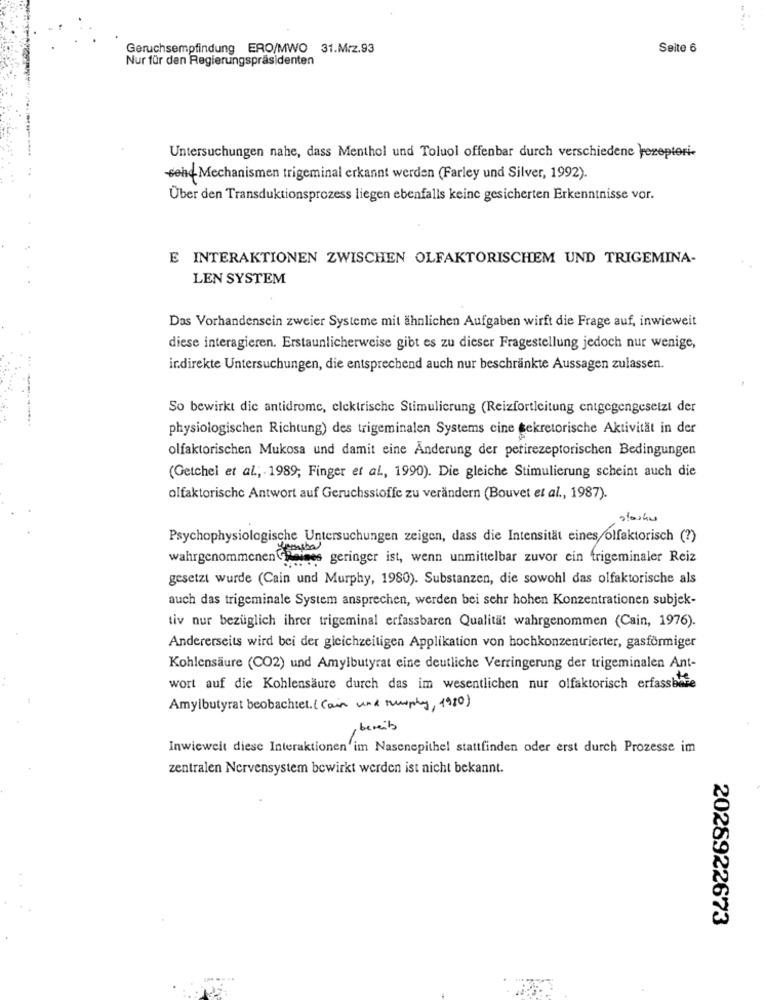
Geruchsempfindung ERO/MWO 31.Mrz.93
Seite 6
Nur für den Regierungspräsidenten
Untersuchungen nahe, dass Menthol und Toluol offenbar durch verschiedene }rezepteri-
Gehe Mechanismen trigeminal erkannt werden (Farley und Silver, 1992).
Über den Transduktionsprozess liegen ebenfalls keine gesicherten Erkenntnisse vor.
E INTERAKTIONEN ZWISCHEN OLFAKTORISCHEM UND TRIGEMINA-
LEN SYSTEM
Das Vorhandensein zweier Systeme mit ähnlichen Aufgaben wirft die Frage auf, inwieweit
diese interagieren. Erstaunlicherweise gibt es zu dieser Fragestellung jedoch nur wenige,
indirekte Untersuchungen, die entsprechend auch nur beschränkte Aussagen zulassen.
So bewirkt die antidrome, elektrische Stimulierung (Reizfortleitung entgegengesetzt der
physiologischen Richtung) des trigeminalen Systems cine tekretorische Aktivität in der
olfaktorischen Mukosa und damit eine Änderung der perirezeptorischen Bedingungen
(Getchel et al ., 1989; Finger et al, 1990). Die gleiche Stimulierung scheint auch die
olfaktorische Antwort auf Geruchsstoffe zu verändern (Bouvet et al ., 1987).
starke
Psychophysiologische Untersuchungen zeigen, dass die Intensität eines/olfaktorisch (?)
wahrgenommenen Chaines geringer ist, wenn unmittelbar zuvor ein trigeminaler Reiz
gesetzt wurde (Cain und Murphy, 1980). Substanzen, die sowohl das olfaktorische als
auch das trigeminale System ansprechen, werden bei sehr hohen Konzentrationen subjek-
tiv nur bezüglich ihrer trigeminal erfassbaren Qualität wahrgenommen (Cain, 1976).
Andererseits wird bei der gleichzeitigen Applikation von hochkonzentrierter, gasförmiger
Kohlensäure (CO2) und Amylbutyrat eine deutliche Verringerung der trigeminalen Ant-
wort auf die Kohlensäure durch das im wesentlichen nur olfaktorisch erfassbare
Amylbutyrat beobachtet. ( Cain und murphy, 1980)
, bereit
Inwieweit diese Interaktionen im Nasenepithel stattfinden oder erst durch Prozesse im
zentralen Nervensystem bewirkt werden ist nicht bekannt.
2026922673